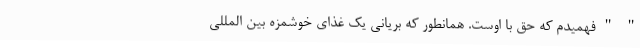
" " فهمیدم که حق با اوست. همانطور که بریانی یک غذای خوشمزه بین المللی